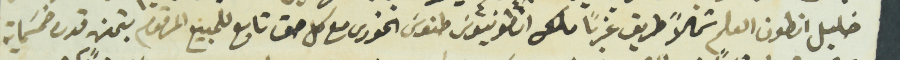
خليل انطون العلم شمالاً طريق غرباً ملك انطونيوسَ طنوسَ الخورى مع كل حق تابع للمبيع المرقوم بثمن قدره خمسَماية